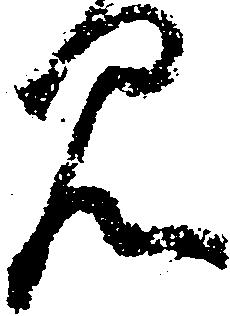
見